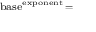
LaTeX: \scriptstyle { \mathrm { b a s e } } ^ { \mathrm { e x p o n e n t } } \, =